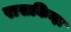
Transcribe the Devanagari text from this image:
रासकिन्हा